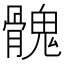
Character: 𩪁